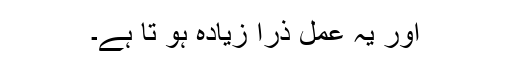
اور یہ عمل ذرا زیادہ ہو تا ہے۔